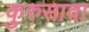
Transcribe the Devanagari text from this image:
कुरुसावा